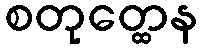
စတုတ္ထေန